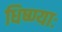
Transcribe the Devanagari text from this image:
धिष्ण्याः